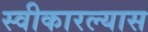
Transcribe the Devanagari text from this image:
स्वीकारल्यास